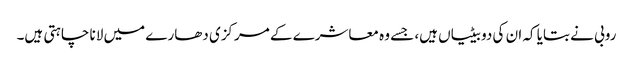
روبی نے بتایا کہ ان کی دو بیٹیاں ہیں، جسے وہ معاشرے کے مرکزی دھارے میں لانا چاہتی ہیں۔